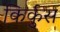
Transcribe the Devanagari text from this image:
किर्कुस